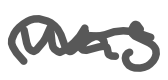
Text: was
Cross-out: wave
Writing tool: digital_gray